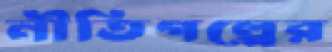
নীতিগল্পের